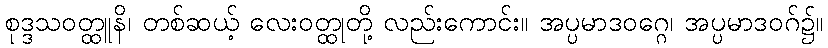
စုဒ္ဒသဝတ္ထူနိ၊ တစ်ဆယ့် လေးဝတ္ထုတို့ လည်းကောင်း။ အပ္ပမာဒဝဂ္ဂေ၊ အပ္ပမာဒဝဂ်၌။